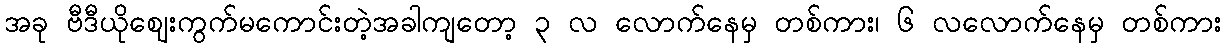
အခု ဗီဒီယိုဈေးကွက်မကောင်းတဲ့အခါကျတော့ ၃ လ လောက်နေမှ တစ်ကား၊ ၆ လလောက်နေမှ တစ်ကား